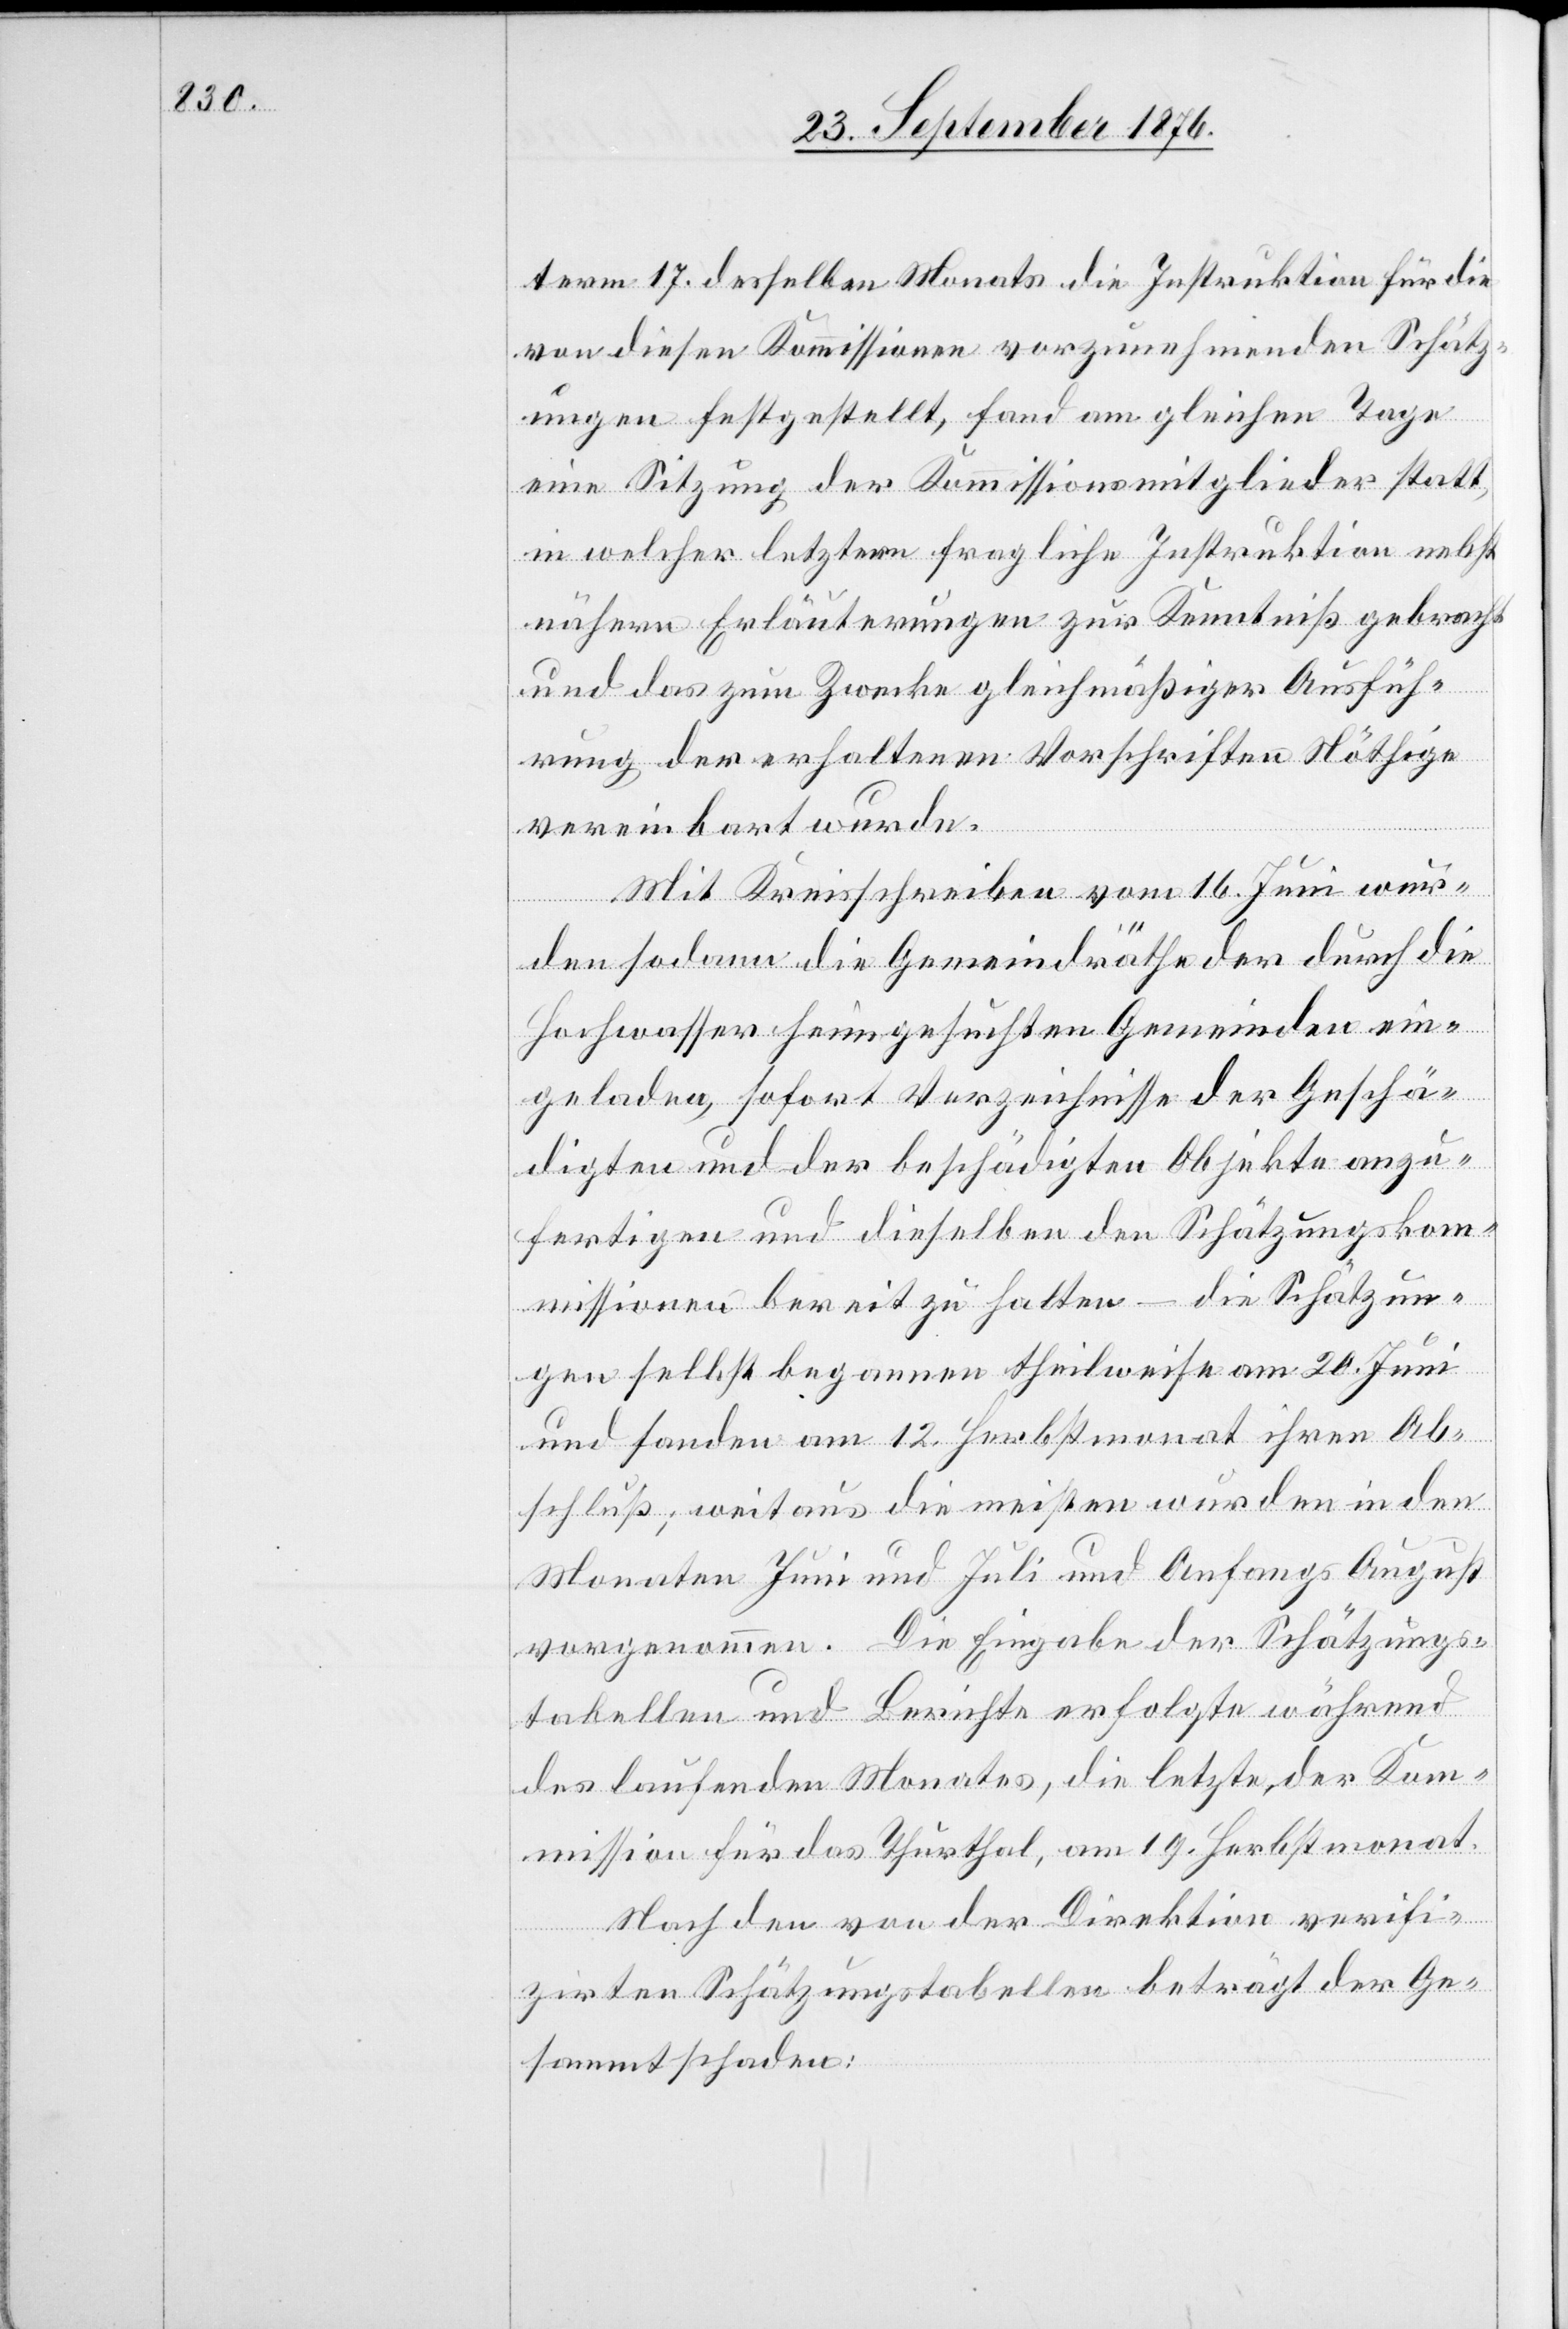
term 17. desselben Monats die Instruktionen für die
von diesen Kommissionen vorzunehmenden Schätz¬
ungen festgestellt, fand am gleichen Tage
eine Sitzung der Kommissionsmitglieder statt,
in welcher letztere fragliche Instruktion nebst
nähern Erläuterungen zur Kenntniß gebracht
und das zum Zwecke gleichmäßiger Ausfüh¬
rung der erhaltenen Vorschriften Nöthige
vereinbart wurde.
Mit Kreisschreiben vom 16. Juni wur¬
den sodann die Gemeindräthe der durch die
Hochwasser heimgesuchten Gemeinden ein¬
geladen, sofort Verzeichnisse der Geschä¬
digten und der beschädigten Objekte anzu¬
fertigen und dieselben den Schätzungskom¬
missionen bereit zu halten – die Schätzun¬
gen selbst begannen theilweise am 20. Juni
und fanden am 12. Herbstmonat ihren Ab¬
schluß; weitaus die meisten wurden in den
Monaten Juni und Juli und Anfangs August
vorgenommen. Die Eingabe der Schätzungs¬
tabellen und Berichte erfolgte während
des laufenden Monates, die letzte, der Kom¬
mission für das Thurthal, am 19. Herbstmonat.
Nach den von der Direktion verifi¬
zirten Schätzungstabellen beträgt der Ge¬
sammtschaden: